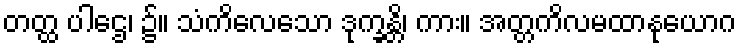
တတ္ထ ပါဌေ၊ ၌။ သံကိလေသော ဒုက္ခန္တိ၊ ကား။ အတ္တကိလမထာနုယောဂ